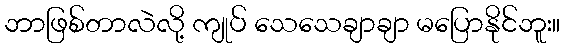
ဘာဖြစ်တာလဲလို့ ကျုပ် သေသေချာချာ မပြောနိုင်ဘူး။